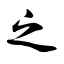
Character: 之